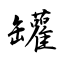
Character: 罐